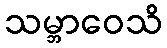
သမ္ဘာဝေသိ